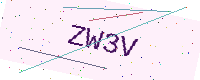
Text: ZW3V